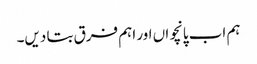
ہم اب پانچواں اور اہم فرق بتا دیں۔